Annual administration and progress report of the Indian Medical Department, Bombay
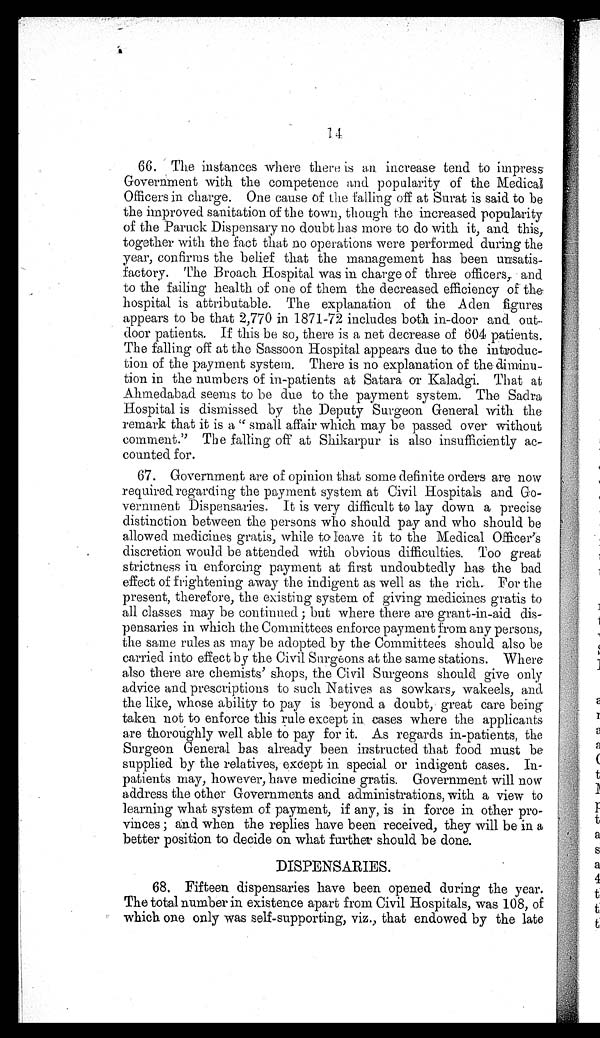
14
6 6 . T h e i n s t a n c e s w h e r e t h e r e i s a n i n c r e a s e t e n d t o i m p r e s s
Government with the competence and popularity of the Medical
Officers in charge. One cause of the falling off at Surat is said to be
the improved sanitation of the town, though the increased popularity
of the Paruck Dispensary no doubt has more to do with it, and this,
together with the fact that no operations were performed during the
year, confirms the belief that the management has been unsatis
- f a c t o r y . T h e B r o a c h H o s p i t a l w a s i n c h a r g e o f t h r e e o f f i c e r s , a n d
to the failing health of one of them the decreased efficiency of the
hospital is attributable. The explanation of the Aden figures
appears to be that 2,770 in 1871-72 includes both in-door and out
- d o o r p a t i e n t s . I f t h i s b e s o , t h e r e i s a n e t d e c r e a s e o f 6 0 4 p a t i e n t s .
The falling off at the Sassoon Hospital appears due to the introduc
-tion of the payment system. There is no explanation of the diminu
- t i o n i n t h e n u m b e r s o f i n - p a t i e n t s a t S a t a r a o r K a l a d g i . T h a t a t
Ahmedabad seems to be due to the payment system. The Sadra
Hospital is dismissed by the Deputy Surgeon General with the
remark that it is a "small affair which may be passed over without
comment." The falling off at Shikarpur is also insufficiently ac
- c o u n t e d f o r .
6 7 . G o v e r n m e n t a r e o f o p i n i o n t h a t s o m e d e f i n i t e o r d e r s a r e n o w
required regarding the payment system at Civil Hospitals and Go
- v e r n m e n t D i s p e n s a r i e s . I t i s v e r y d i f f i c u l t t o l a y d o w n a p r e c i s e
distinction between the persons who should pay and who should be
allowed medicines gratis, while to leave it to the Medical Officer's
discretion would be attended with obvious difficulties. Too great
strictness in enforcing payment at first undoubtedly has the bad
effect of frightening away the indigent as well as the rich. For the
present, therefore, the existing system of giving medicines gratis to
all classes may be continued; but where there are grant-in-aid dis
- p e n s a r i e s i n w h i c h t h e C o m m i t t e e s e n f o r c e p a y m e n t f r o m a n y p e r s o n s ,
the same rules as may be adopted by the Committees should also be
carried into effect by the Civil Surgeons at the same stations. Where
also there are chemists' shops, the Civil Surgeons should give only
advice and prescriptions to such Natives as sowkars, wakeels, and
the like, whose ability to pay is beyond a doubt, great care being
taken not to enforce this rule except in cases where the applicants
are thoroughly well able to pay for it. As regards in-patients, the
Surgeon General has already been instructed that food must be
supplied by the relatives, except in special or indigent cases. In
- p a t i e n t s m a y , h o w e v e r , h a v e m e d i c i n e g r a t i s . G o v e r n m e n t w i l l n o w
address the other Governments and administrations, with a view to
learning what system of payment, if any, is in force in other pro
- v i n c e s ; a n d w h e n t h e r e p l i e s h a v e b e e n r e c e i v e d , t h e y w i l l b e i n a
better position to decide on what further should be done.
DISPENSARIES.
68. Fi ft een di spensari es have been opened duri ng t he year.
The total number in existence apart from Civil Hospitals, was 108, of
which one only was self-supporting, viz., that endowed by the late